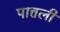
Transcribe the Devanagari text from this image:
पात्तली